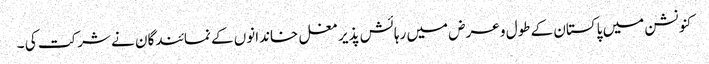
کنونشن میں پاکستان کے طول و عرض میں رہائش پذیر مغل خاندانوں کے نمائندگان نے شرکت کی ۔